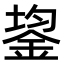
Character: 鋆